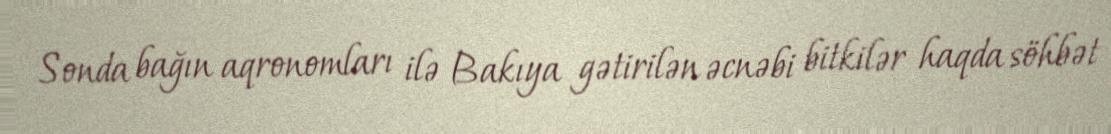
Sonda bağın aqronomları ilə Bakıya gətirilən əcnəbi bitkilər haqda söhbət